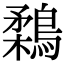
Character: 鶔